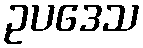
ဥပဒေသ